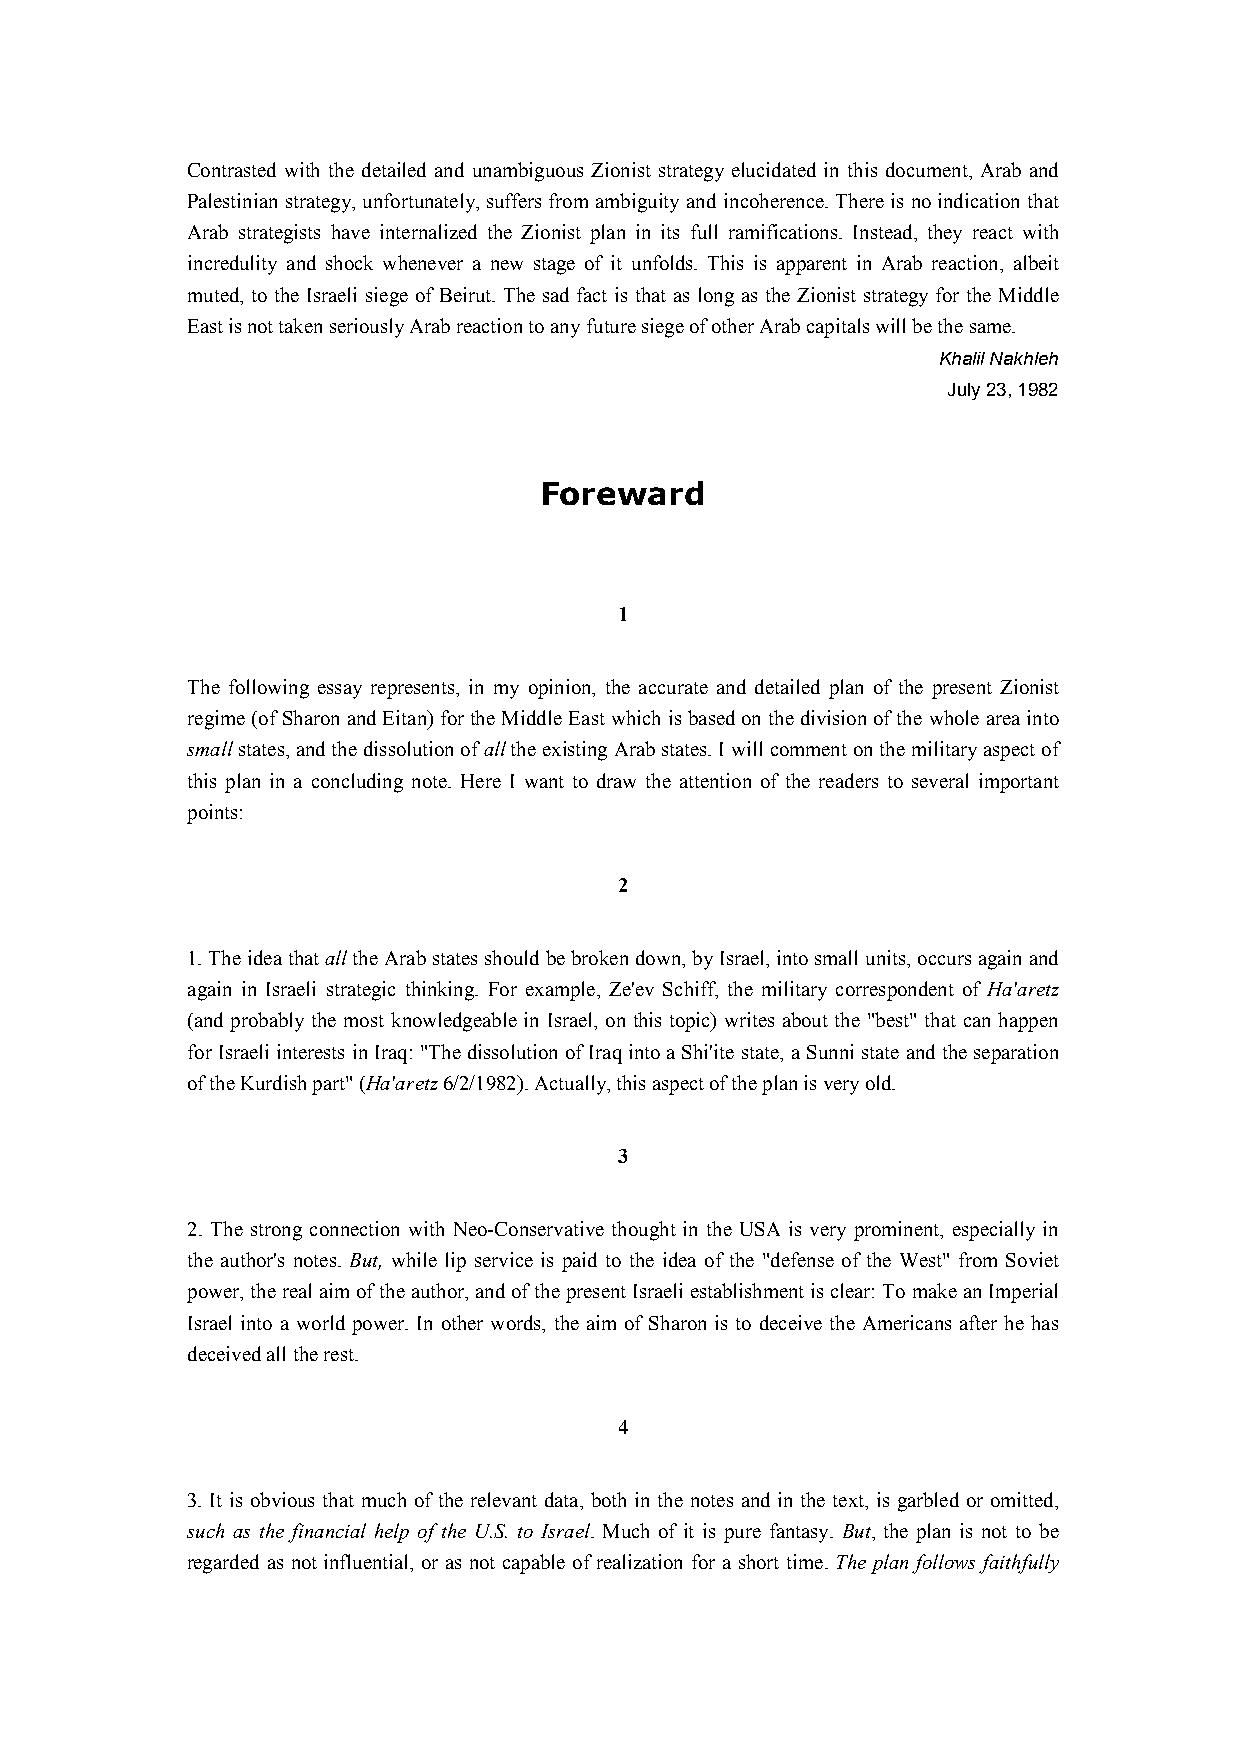
Contrasted with the detailed and unambiguous Zionist strategy elucidated in this document, Arab and
 Palestinian strategy, unfortunately, suffers from ambiguity and incoherence. There is no indication that
 Arab strategists have internalized the Zionist plan in its full ramifications. Instead, they react with
 incredulity and shock whenever a new stage of it unfolds. This is apparent in Arab reaction, albeit
 muted, to the Israeli siege of Beirut. The sad fact is that as long as the Zionist strategy for the Middle
 East is not taken seriously Arab reaction to any future siege of other Arab capitals will be the same.
 Khalil Nakhleh
 July 23, 1982
 Foreward
 1
 The following essay represents, in my opinion, the accurate and detailed plan of the present Zionist
 regime (of Sharon and Eitan) for the Middle East which is based on the division of the whole area into
 small states, and the dissolution of all the existing Arab states. I will comment on the military aspect of
 this plan in a concluding note. Here I want to draw the attention of the readers to several important
 points:
 2
 1. The idea that all the Arab states should be broken down, by Israel, into small units, occurs again and
 again in Israeli strategic thinking. For example, Ze'ev Schiff, the military correspondent of Ha'aretz
 (and probably the most knowledgeable in Israel, on this topic) writes about the "best" that can happen
 for Israeli interests in Iraq: "The dissolution of Iraq into a Shi'ite state, a Sunni state and the separation
 of the Kurdish part" (Ha'aretz 6/2/1982). Actually, this aspect of the plan is very old.
 3
 2. The strong connection with Neo-Conservative thought in the USA is very prominent, especially in
 the author's notes. But, while lip service is paid to the idea of the "defense of the West" from Soviet
 power, the real aim of the author, and of the present Israeli establishment is clear: To make an Imperial
 Israel into a world power. In other words, the aim of Sharon is to deceive the Americans after he has
 deceived all the rest.
 4
 3. It is obvious that much of the relevant data, both in the notes and in the text, is garbled or omitted,
 such as the financial help of the U.S. to Israel. Much of it is pure fantasy. But, the plan is not to be
 regarded as not influential, or as not capable of realization for a short time. The plan follows faithfully